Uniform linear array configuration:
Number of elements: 8
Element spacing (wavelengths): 0.5
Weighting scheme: hamming
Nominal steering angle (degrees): -45
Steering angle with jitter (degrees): -45.56
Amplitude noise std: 0.05
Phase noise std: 0.05

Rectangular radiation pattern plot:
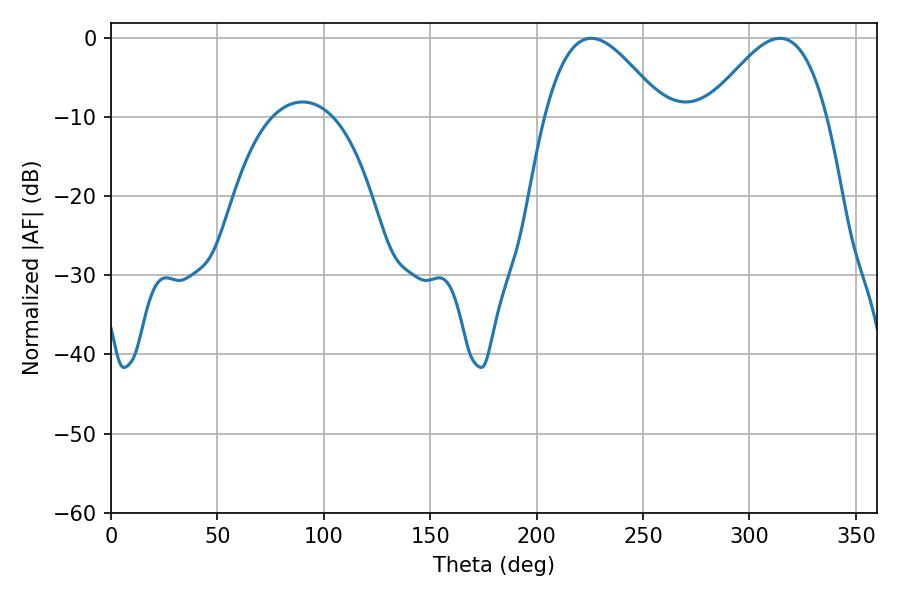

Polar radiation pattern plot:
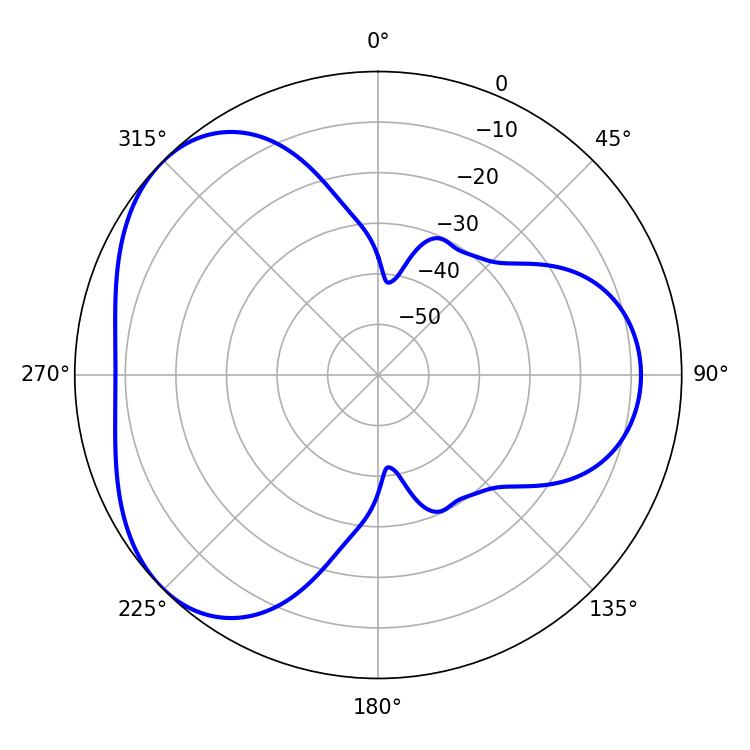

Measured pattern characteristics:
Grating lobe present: FALSE
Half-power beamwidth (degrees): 30.24
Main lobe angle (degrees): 225.72